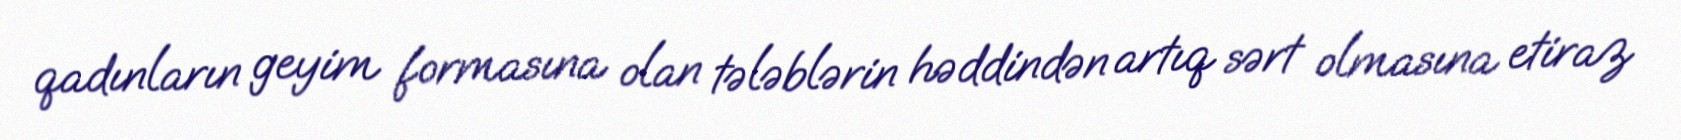
qadınların geyim formasına olan tələblərin həddindən artıq sərt olmasına etiraz